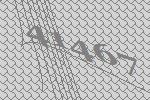
41467